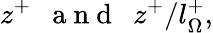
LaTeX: z^{+}~~\mathrm{~a~n~d~}~~z^{+}/l_{\Omega}^{+},